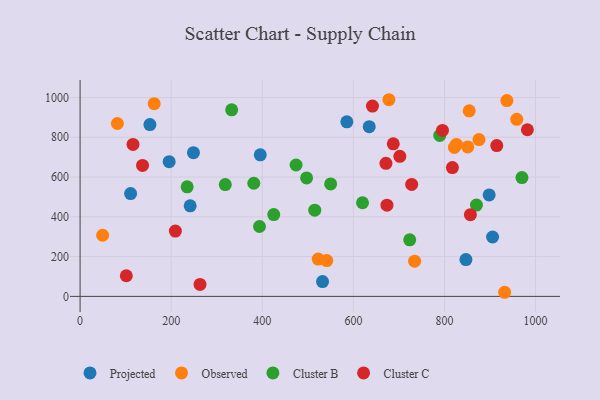
{"axis": {"x": "Experience", "y": "Demand"}, "legend": ["Cluster B", "Cluster C", "Observed", "Projected"], "data": [{"x": "634.8", "y": 853.4, "type": "Projected"}, {"x": "905.6", "y": 298.5, "type": "Projected"}, {"x": "532.3", "y": 74.4, "type": "Projected"}, {"x": "241.7", "y": 455.4, "type": "Projected"}, {"x": "585.6", "y": 877.5, "type": "Projected"}, {"x": "153.3", "y": 864.1, "type": "Projected"}, {"x": "248.9", "y": 722.8, "type": "Projected"}, {"x": "395.6", "y": 711.9, "type": "Projected"}, {"x": "195.6", "y": 677.4, "type": "Projected"}, {"x": "847.1", "y": 184.9, "type": "Projected"}, {"x": "898.1", "y": 510.2, "type": "Projected"}, {"x": "110.9", "y": 517.0, "type": "Projected"}, {"x": "875.7", "y": 788.6, "type": "Observed"}, {"x": "49.5", "y": 307.3, "type": "Observed"}, {"x": "851.1", "y": 751.6, "type": "Observed"}, {"x": "522.8", "y": 187.7, "type": "Observed"}, {"x": "81.9", "y": 869.3, "type": "Observed"}, {"x": "162.7", "y": 968.7, "type": "Observed"}, {"x": "932.1", "y": 20.7, "type": "Observed"}, {"x": "734.4", "y": 176.9, "type": "Observed"}, {"x": "826.2", "y": 764.2, "type": "Observed"}, {"x": "854.3", "y": 933.2, "type": "Observed"}, {"x": "958.7", "y": 890.4, "type": "Observed"}, {"x": "678.0", "y": 988.8, "type": "Observed"}, {"x": "541.6", "y": 180.0, "type": "Observed"}, {"x": "937.0", "y": 984.5, "type": "Observed"}, {"x": "821.8", "y": 748.8, "type": "Observed"}, {"x": "332.8", "y": 938.0, "type": "Cluster B"}, {"x": "550.1", "y": 565.7, "type": "Cluster B"}, {"x": "970.1", "y": 597.2, "type": "Cluster B"}, {"x": "425.2", "y": 411.2, "type": "Cluster B"}, {"x": "474.2", "y": 660.7, "type": "Cluster B"}, {"x": "620.1", "y": 470.8, "type": "Cluster B"}, {"x": "393.9", "y": 351.3, "type": "Cluster B"}, {"x": "515.2", "y": 433.3, "type": "Cluster B"}, {"x": "318.8", "y": 562.3, "type": "Cluster B"}, {"x": "870.2", "y": 459.2, "type": "Cluster B"}, {"x": "497.3", "y": 595.6, "type": "Cluster B"}, {"x": "381.4", "y": 568.9, "type": "Cluster B"}, {"x": "235.1", "y": 551.1, "type": "Cluster B"}, {"x": "723.7", "y": 284.4, "type": "Cluster B"}, {"x": "789.6", "y": 809.4, "type": "Cluster B"}, {"x": "116.2", "y": 764.2, "type": "Cluster C"}, {"x": "817.4", "y": 647.6, "type": "Cluster C"}, {"x": "673.7", "y": 458.5, "type": "Cluster C"}, {"x": "263.3", "y": 60.2, "type": "Cluster C"}, {"x": "728.0", "y": 562.9, "type": "Cluster C"}, {"x": "671.5", "y": 668.9, "type": "Cluster C"}, {"x": "687.6", "y": 767.0, "type": "Cluster C"}, {"x": "982.0", "y": 837.9, "type": "Cluster C"}, {"x": "137.1", "y": 658.3, "type": "Cluster C"}, {"x": "101.5", "y": 103.7, "type": "Cluster C"}, {"x": "209.2", "y": 328.6, "type": "Cluster C"}, {"x": "795.6", "y": 834.5, "type": "Cluster C"}, {"x": "702.0", "y": 704.2, "type": "Cluster C"}, {"x": "641.9", "y": 956.9, "type": "Cluster C"}, {"x": "856.9", "y": 411.1, "type": "Cluster C"}, {"x": "914.8", "y": 758.1, "type": "Cluster C"}]}